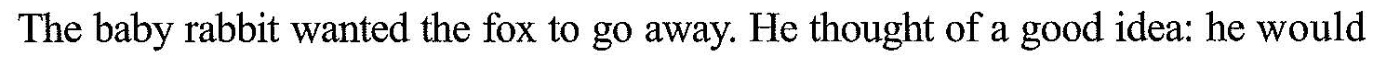
The baby rabbit wanted the fox to go away. He thought of a good idea: he would